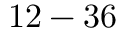
1 2 - 3 6